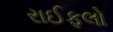
રાઈફલો